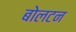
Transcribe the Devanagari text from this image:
बोलटन